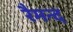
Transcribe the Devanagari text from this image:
रैमन्द